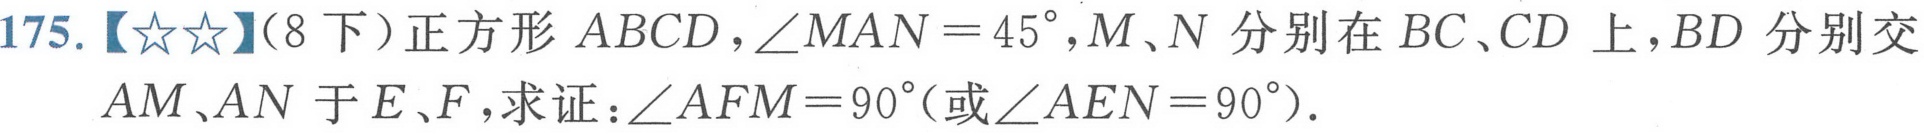
175.【★★】（8下）正方形 \(ABCD\)，\(\angle MAN = 45^{\circ}\)，\(M\)、\(N\) 分别在 \(BC\)、\(CD\) 上，\(BD\) 分别交 \(AM\)、\(AN\) 于 \(E\)、\(F\)，求证：\(\angle AFM = 90^{\circ}\)（或\(\angle AEN = 90^{\circ}\)）.